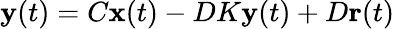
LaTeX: \mathbf{y}(t)=C\mathbf{x}(t)-DK\mathbf{y}(t)+D\mathbf{r}(t)